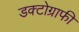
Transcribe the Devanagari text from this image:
डक्टोग्राफी